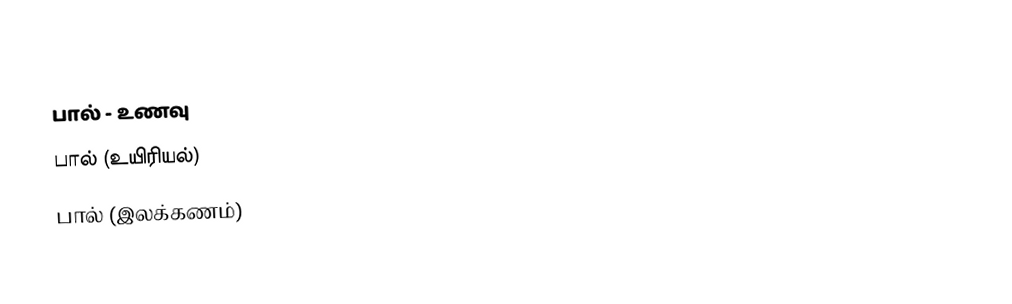
பால் - உணவு
 பால் (உயிரியல்)
 பால் (இலக்கணம்)